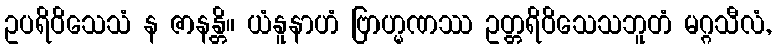
ဥပရိဝိသေသံ န ဇာနန္တိ။ ယံနူနာဟံ ဗြာဟ္မဏဿ ဥတ္တရိဝိသေသဘူတံ မဂ္ဂသီလံ,